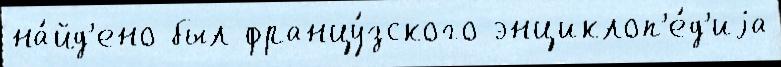
на́йд'ено был францу́зского энциклоп'е́д'иjа